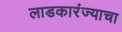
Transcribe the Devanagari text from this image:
लाडकारंज्याचा